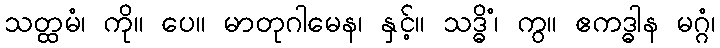
သတ္ထမံ၊ ကို။ ပေ။ မာတုဂါမေန၊ နှင့်။ သဒ္ဓိံ၊ ကွ။ ဧကဒ္ဓါန မဂ္ဂံ၊